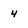
Character: 4